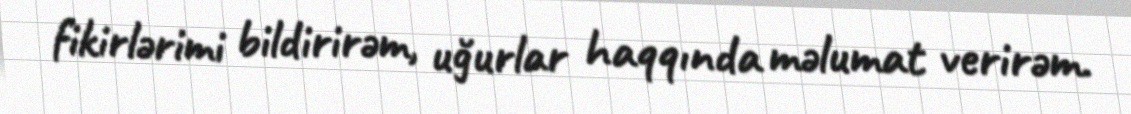
fikirlərimi bildirirəm, uğurlar haqqında məlumat verirəm.